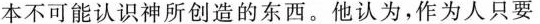
本不可能认识神所创造的东西。他认为，作为人只要